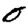
Digit: 0